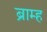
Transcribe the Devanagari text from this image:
ब्राम्ह